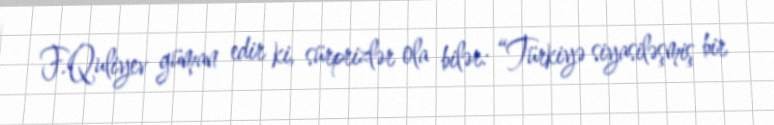
F.Quliyev güman edir ki, sürprizlər ola bilər: “Türkiyə siyasiləşmiş bir